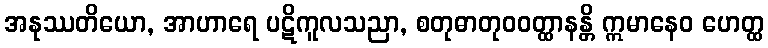
အနုဿတိယော, အာဟာရေ ပဋိကူလသညာ, စတုဓာတုဝဝတ္ထာနန္တိ ဣမာနေဝ ဟေတ္ထ